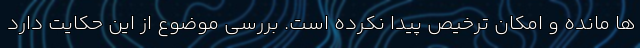
ها مانده و امکان ترخیص پیدا نکرده است. بررسی موضوع از این حکایت دارد